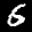
Label: 6